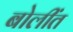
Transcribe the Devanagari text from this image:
बोलींत